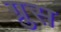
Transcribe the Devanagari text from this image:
ग्रुस